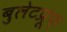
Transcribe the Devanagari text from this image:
बुलेटप्रूफ़